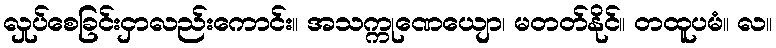
လှုပ်စေခြင်းငှာလည်းကောင်း။ အသက္ကုဏေယျော၊ မတတ်နိုင်။ တထူပမံ။ လ။